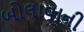
બોલાવાની